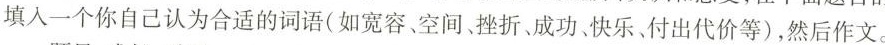
填入一个你自己认为合适的词语(如宽容、空间、挫折、成功、快乐、付出代价等)，然后作文。